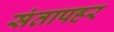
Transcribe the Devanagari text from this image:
संतापहर